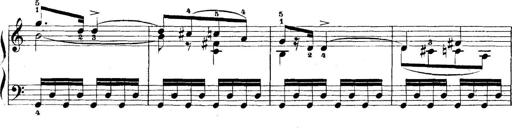
Title: 5 Sonatinas
Composer: Theodor Kirchner